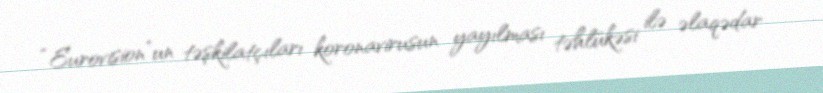
“Eurovision”un təşkilatçıları koronavirusun yayılması təhlükəsi ilə əlaqədar